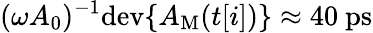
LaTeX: (\omega A_{0})^{-1}\mathrm{dev}\{ A_{\mathrm{M}}(t[i])\} \approx 40~\mathrm{ps}